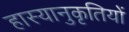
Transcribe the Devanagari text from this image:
हास्यानुकृतियों